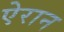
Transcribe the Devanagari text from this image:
ऐरान